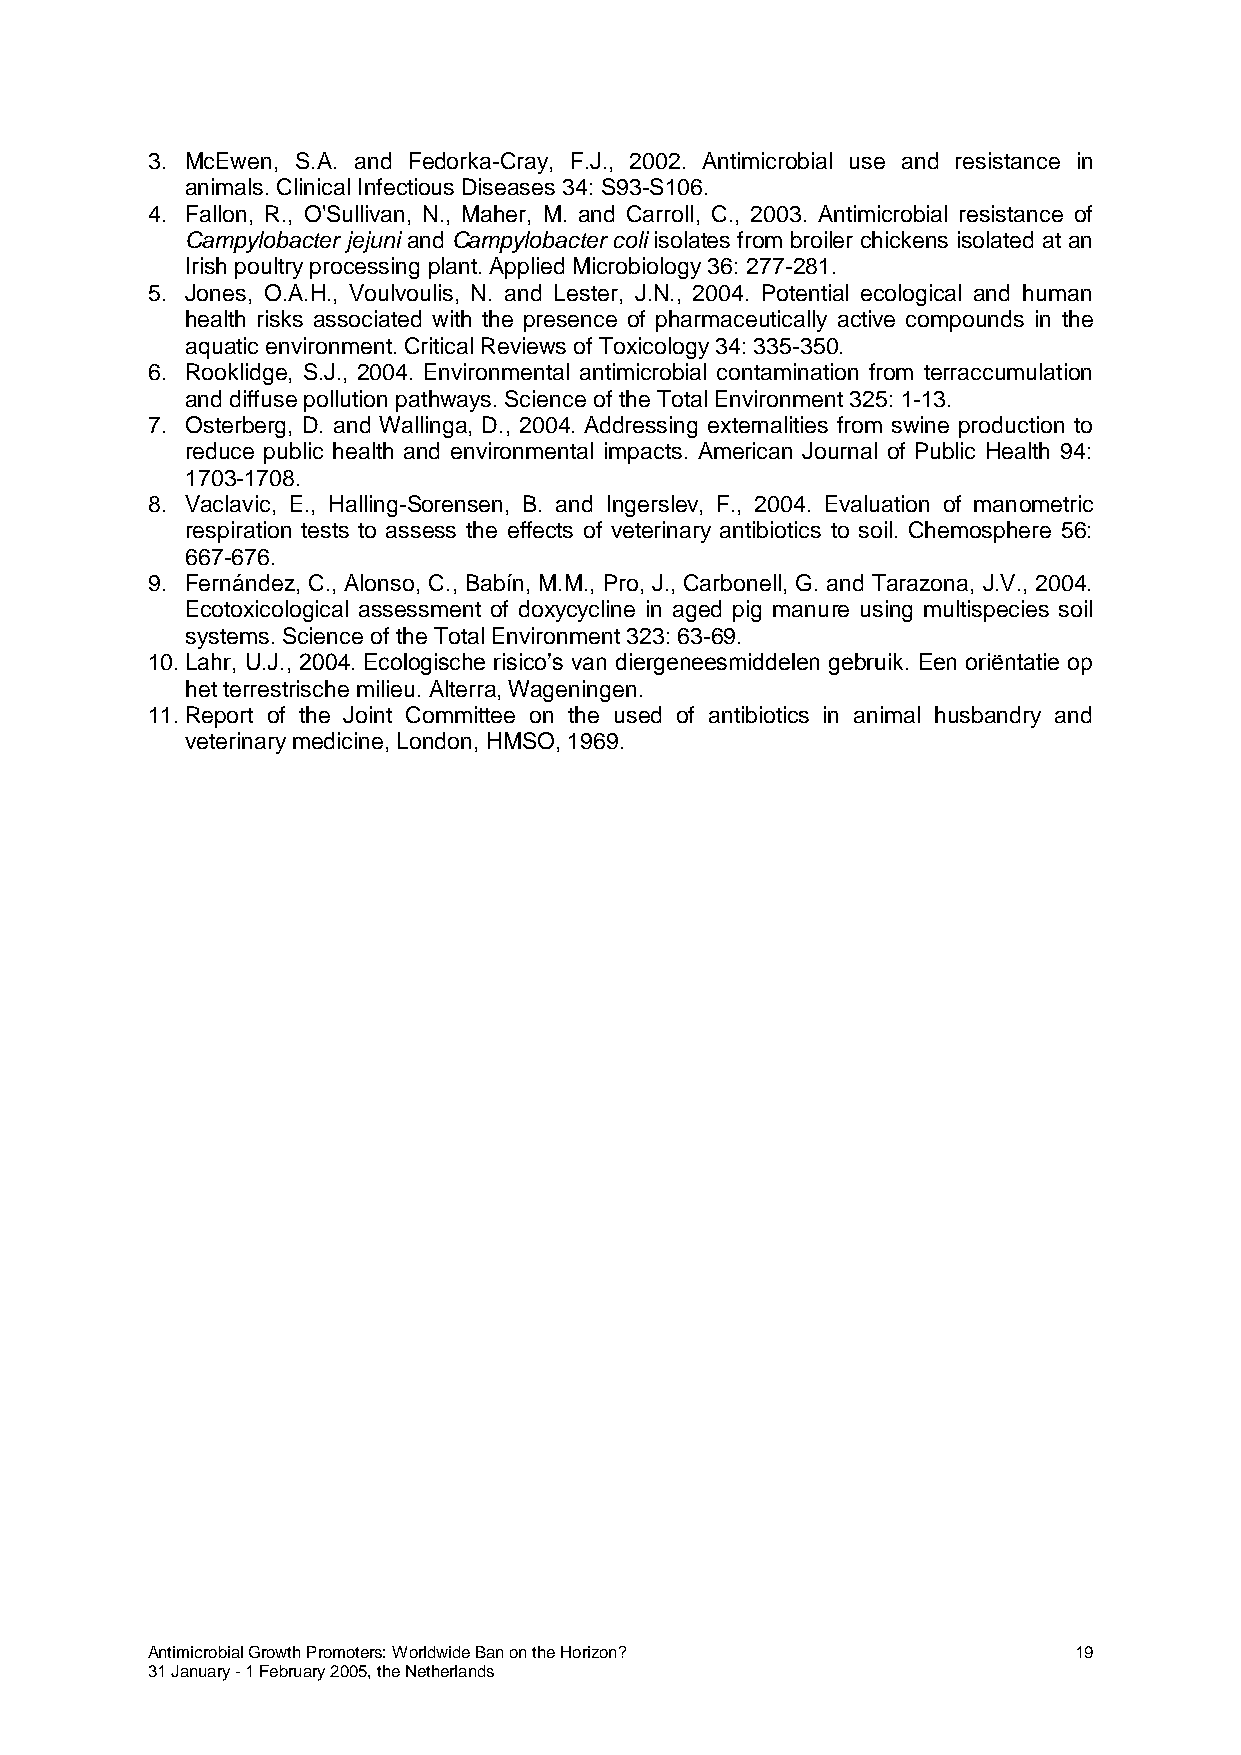
3. McEwen, S.A. and Fedorka-Cray, F.J., 2002. Antimicrobial use and resistance in
 animals. Clinical Infectious Diseases 34: S93-S106.
 4. Fallon, R., O'Sullivan, N., Maher, M. and Carroll, C., 2003. Antimicrobial resistance of
 Campylobacter jejuni and Campylobacter coli isolates from broiler chickens isolated at an
 Irish poultry processing plant. Applied Microbiology 36: 277-281.
 5. Jones, O.A.H., Voulvoulis, N. and Lester, J.N., 2004. Potential ecological and human
 health risks associated with the presence of pharmaceutically active compounds in the
 aquatic environment. Critical Reviews of Toxicology 34: 335-350.
 6. Rooklidge, S.J., 2004. Environmental antimicrobial contamination from terraccumulation
 and diffuse pollution pathways. Science of the Total Environment 325: 1-13.
 7. Osterberg, D. and Wallinga, D., 2004. Addressing externalities from swine production to
 reduce public health and environmental impacts. American Journal of Public Health 94:
 1703-1708.
 8. Vaclavic, E., Halling-Sorensen, B. and Ingerslev, F., 2004. Evaluation of manometric
 respiration tests to assess the effects of veterinary antibiotics to soil. Chemosphere 56:
 667-676.
 9. Fernández, C., Alonso, C., Babín, M.M., Pro, J., Carbonell, G. and Tarazona, J.V., 2004.
 Ecotoxicological assessment of doxycycline in aged pig manure using multispecies soil
 systems. Science of the Total Environment 323: 63-69.
 10. Lahr, U.J., 2004. Ecologische risico’s van diergeneesmiddelen gebruik. Een oriëntatie op
 het terrestrische milieu. Alterra, Wageningen.
 11. Report of the Joint Committee on the used of antibiotics in animal husbandry and
 veterinary medicine, London, HMSO, 1969.
 Antimicrobial Growth Promoters: Worldwide Ban on the Horizon? 19
 31 January - 1 February 2005, the Netherlands